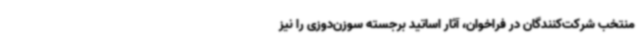
منتخب شرکت‌کنندگان در فراخوان، آثار اساتید برجسته سوزن‌دوزی را نیز